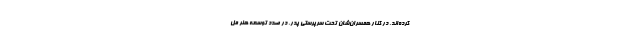
کرده‌اند، در کنار همسران‌شان تحت سرپرستی پدر، در صدد توسعه هنر مل